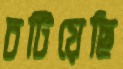
চটিয়েছি